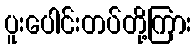
ပူးပေါင်းတပ်တို့ကြား